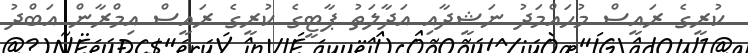
ކުރީގެ ރައީސް މުހައްމަދު ނަޝީދާއި އަދާލަތު ޕާޓީގެ ކުރީގެ ރައީސް އިމްރާން އަބްދު